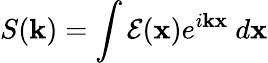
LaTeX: S(\mathbf{k})=\int\mathcal{E}(\mathbf{x})e^{i\mathbf{k}\mathbf{x}}~d\mathbf{x}